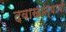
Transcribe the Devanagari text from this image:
दवाखान्याची